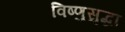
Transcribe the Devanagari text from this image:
विष्णुसुद्धा